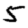
Digit: 5